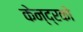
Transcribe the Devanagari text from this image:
केन्द्रको